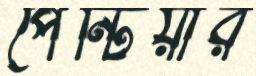
পেন্টিয়ার